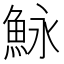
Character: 𩶙